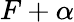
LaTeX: F+\alpha